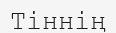
Тіннің